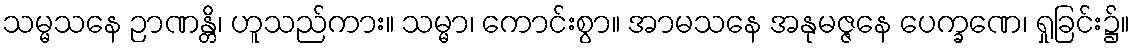
သမ္မသနေ ဉာဏန္တိ၊ ဟူသည်ကား။ သမ္မာ၊ ကောင်းစွာ။ အာမသနေ အနုမဇ္ဇနေ ပေက္ခဏေ၊ ရှုခြင်း၌။